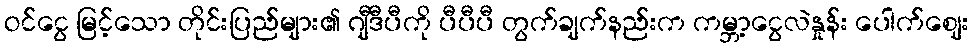
ဝင်ငွေ မြင့်သော တိုင်းပြည်များ၏ ဂျီဒီပီကို ပီပီပီ တွက်ချက်နည်းက ကမ္ဘာ့ငွေလဲနှုန်း ပေါက်ဈေး